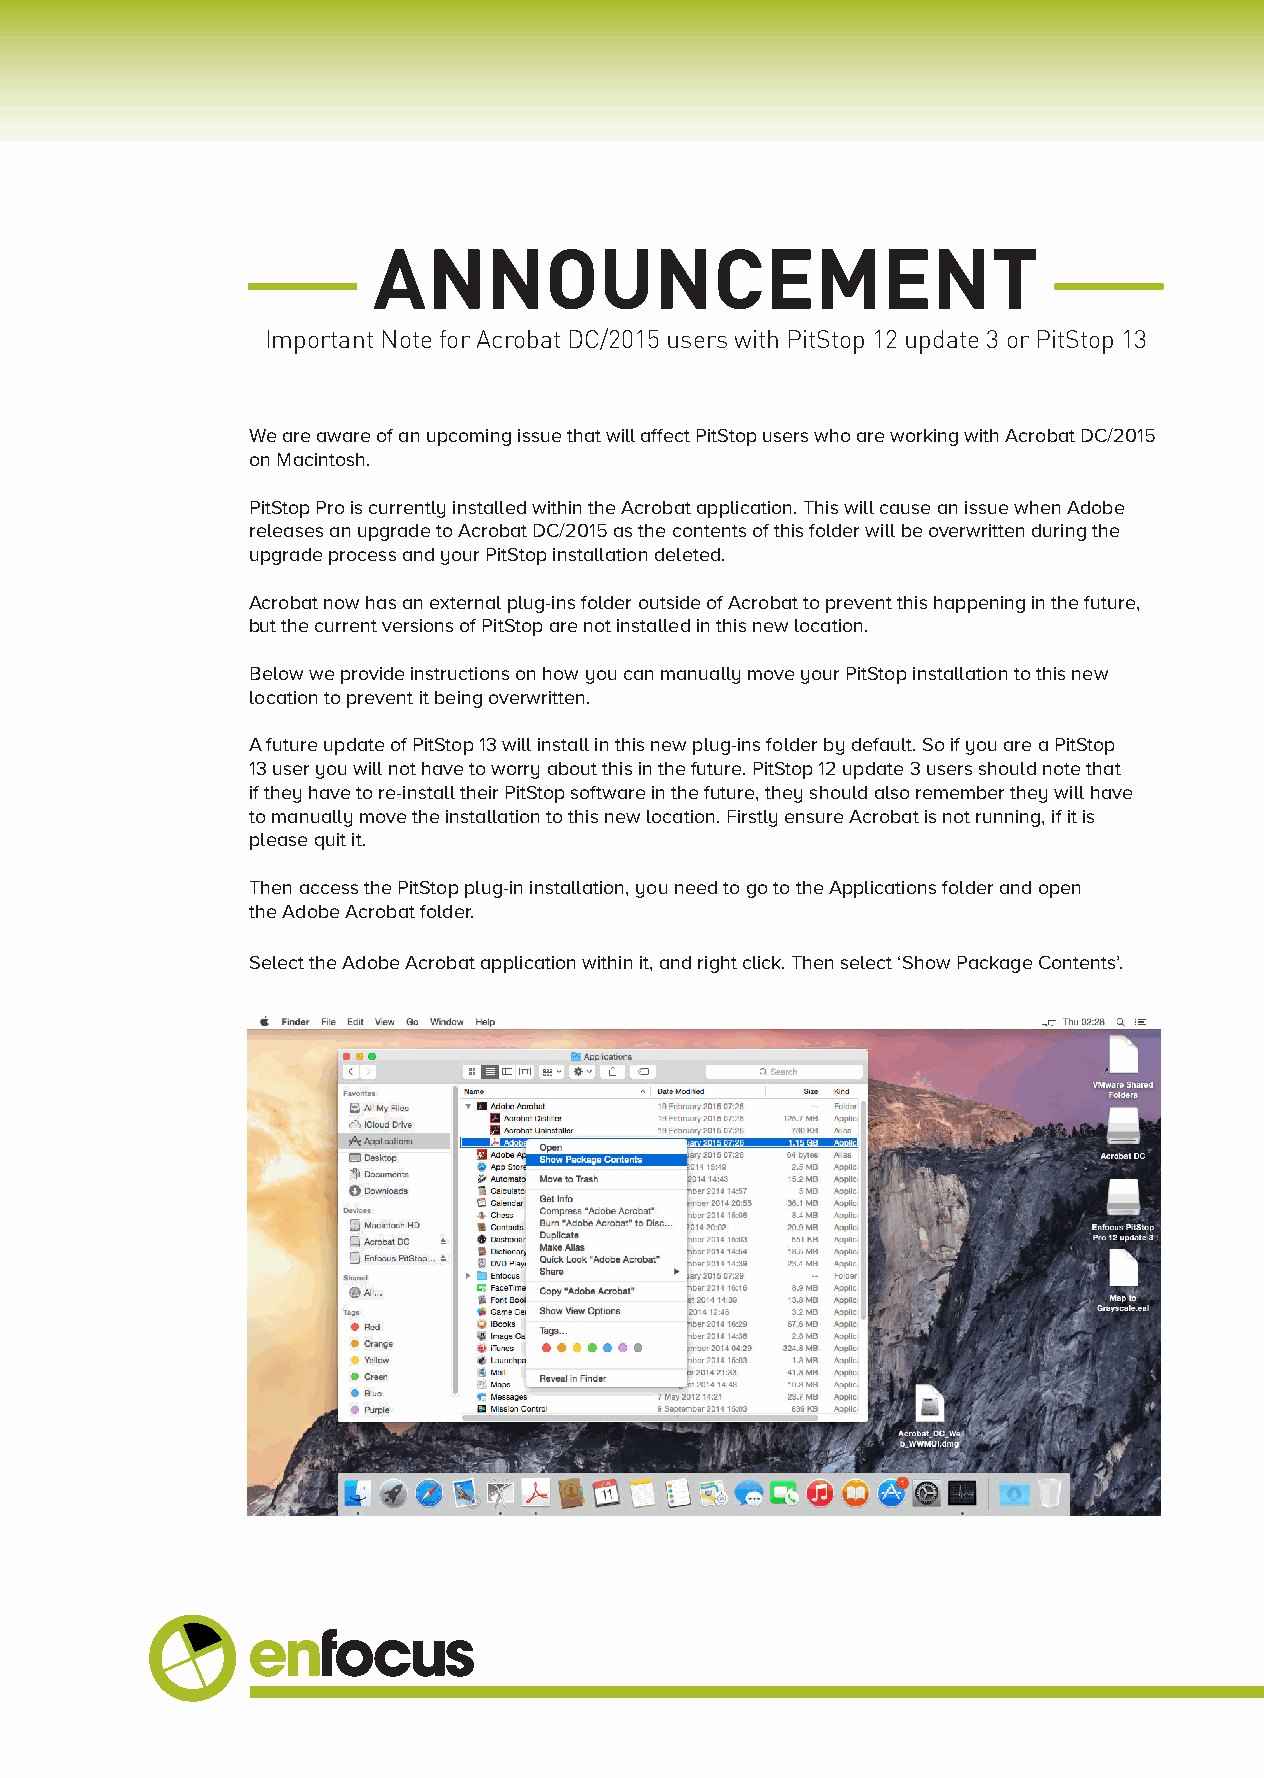
ANNOUNCEMENT
 Important Note for Acrobat DC/2015 users with PitStop 12 update 3 or PitStop 13
 We are aware of an upcoming issue that will affect PitStop users who are working with Acrobat DC/2015
 on Macintosh.
 PitStop Pro is currently installed within the Acrobat application. This will cause an issue when Adobe
 releases an upgrade to Acrobat DC/2015 as the contents of this folder will be overwritten during the
 upgrade process and your PitStop installation deleted.
 Acrobat now has an external plug-ins folder outside of Acrobat to prevent this happening in the future,
 but the current versions of PitStop are not installed in this new location.
 Below we provide instructions on how you can manually move your PitStop installation to this new
 location to prevent it being overwritten.
 A future update of PitStop 13 will install in this new plug-ins folder by default. So if you are a PitStop
 13 user you will not have to worry about this in the future. PitStop 12 update 3 users should note that
 if they have to re-install their PitStop software in the future, they should also remember they will have
 to manually move the installation to this new location. Firstly ensure Acrobat is not running, if it is
 please quit it.
 Then access the PitStop plug-in installation, you need to go to the Applications folder and open
 the Adobe Acrobat folder.
 Select the Adobe Acrobat application within it, and right click. Then select ‘Show Package Contents’.